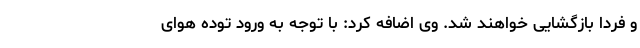
و فردا بازگشایی خواهند شد. وی اضافه کرد: با توجه به ورود توده هوای